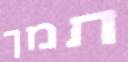
תמך